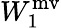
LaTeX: W_{1}^{\mathrm{mv}}